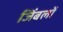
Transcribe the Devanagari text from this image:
जिंबलों